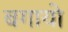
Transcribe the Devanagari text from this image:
बगायो